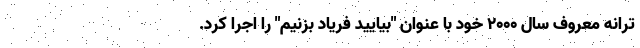
ترانه معروف سال ۲۰۰۰ خود با عنوان "بیایید فریاد بزنیم" را اجرا کرد.